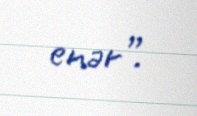
enər”.